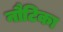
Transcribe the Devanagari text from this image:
नौटिका